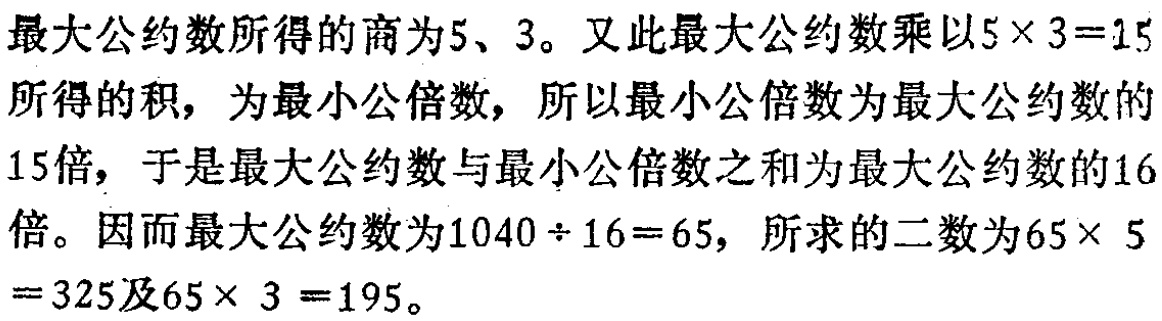
最大公约数所得的商为5、3。又此最大公约数乘以\(5\times 3 = 15\)所得的积，为最小公倍数，所以最小公倍数为最大公约数的15倍，于是最大公约数与最小公倍数之和为最大公约数的16倍。因而最大公约数为\(1040\div 16 = 65\)，所求的二数为\(65\times 5 = 325\)及\(65\times 3 = 195\)。